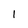
Character: l